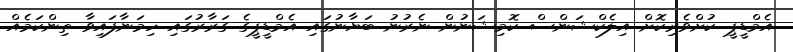
އެމްޑީޕީ ކުށްވެރިކޮށް އިލެކްޝަންސް ކޮމިޝަނުން ނެރުނު ބަޔާނުގައި އެމްޑީޕީގެ ގަރާރުގައި ހިމަނާފައިވާ ތިންކަމެއް